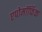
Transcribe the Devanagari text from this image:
एपोमॉर्फिक